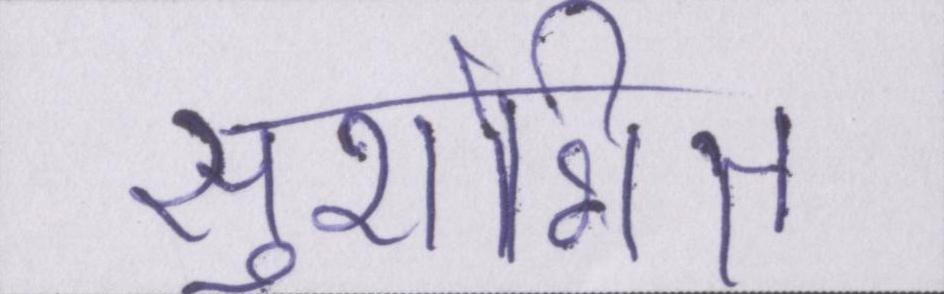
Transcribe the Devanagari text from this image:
सुशोभित